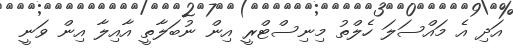
އަދި އެ މައްސަލަ ހެލްތު މިނިސްޓްރީ އިން ނުބަލާތީ އާއިލާ އިން ވަނީ